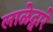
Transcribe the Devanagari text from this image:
लाळेद्वारे